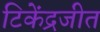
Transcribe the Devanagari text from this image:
टिकेंद्रजीत